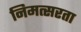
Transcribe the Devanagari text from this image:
निमत्सरता